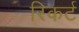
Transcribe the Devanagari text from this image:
रिकर्ट